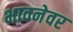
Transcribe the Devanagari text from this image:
भावनेवर